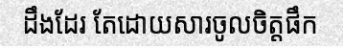
ដឹងដែរ តែដោយសារចូលចិត្តផឹក